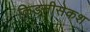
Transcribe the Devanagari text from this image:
किङनीसेकश